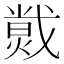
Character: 𱬄